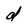
Character: d